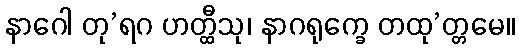
နာဂေါ တု’ရဂ ဟတ္ထီသု၊ နာဂရုက္ခေ တထု’တ္တမေ။